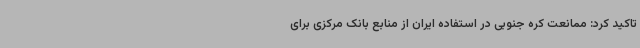
تاکید کرد: ممانعت کره جنوبی در استفاده ایران از منابع بانک مرکزی برای